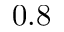
0 . 8